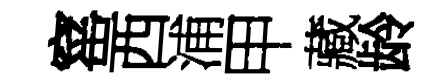
窰西浦甲藏龄